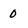
Character: 0